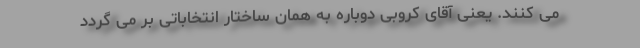
می کنند. یعنی آقای کروبی دوباره به همان ساختار انتخاباتی بر می گردد